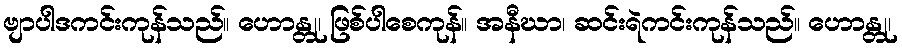
ဗျာပါဒကင်းကုန်သည်။ ဟောန္တု၊ ဖြစ်ပါစေကုန်။ အနီဃာ၊ ဆင်းရဲကင်းကုန်သည်။ ဟောန္တု၊